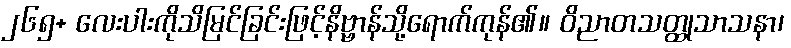
၂၆၅+ လေးပါးကိုသိမြင်ခြင်းဖြင့်နိဗ္ဗာန်သို့ရောက်ကုန်၏။ ဝိညာတသတ္ထုသာသနာ၊